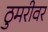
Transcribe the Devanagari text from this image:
ठुमरीवर